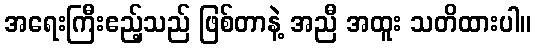
အရေးကြီးဧည့်သည် ဖြစ်တာနဲ့ အညီ အထူး သတိထားပါ။